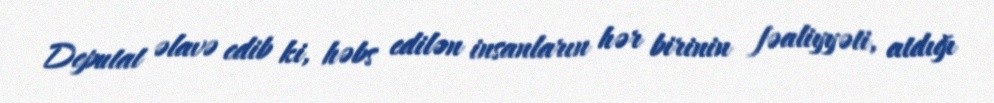
Deputat əlavə edib ki, həbs edilən insanların hər birinin fəaliyyəti, atdığı